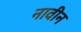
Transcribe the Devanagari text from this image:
नावीन